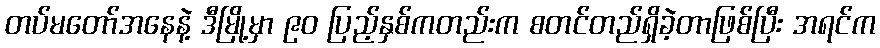
တပ်မတော်အနေနဲ့ ဒီမြို့မှာ ၉ဝ ပြည့်နှစ်ကတည်းက စတင်တည်ရှိခဲ့တာဖြစ်ပြီး အရင်က